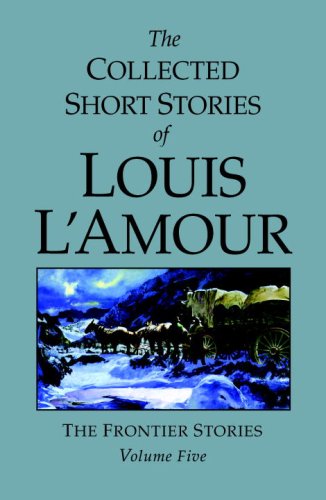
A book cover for The Collected Short Stories of Louis L'Amour, Volume 5: Frontier Stories; Louis L'Amour; Literature & Fiction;